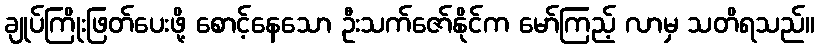
ချုပ်ကြိုးဖြတ်ပေးဖို့ စောင့်နေသော ဦးသက်ဇော်နိုင်က မော်ကြည့် လာမှ သတိရသည်။